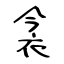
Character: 衾